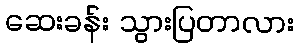
ဆေးခန်း သွားပြတာလား